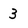
Character: 3